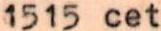
1515 cet